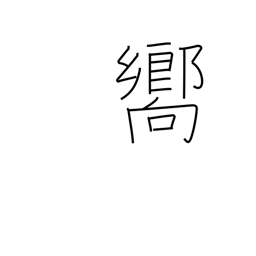
Meaning: guide